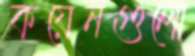
কয়েনগুলো